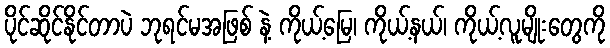
ပိုင်ဆိုင်နိုင်တာပဲ ဘုရင်မအဖြစ် နဲ့ ကိုယ့်မြေ၊ ကိုယ့်နယ်၊ ကိုယ့်လူမျိုးတွေကို